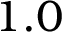
1 . 0